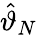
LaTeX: {\hat{\vartheta}}_{N}